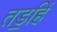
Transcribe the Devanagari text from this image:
तड॒हिं